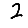
Digit: 2